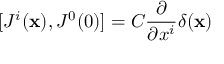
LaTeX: [ J ^ { i } ( { \bf x } ) , J ^ { 0 } ( 0 ) ] = C \frac { \partial } { \partial x ^ { i } } \delta ( { \bf x } )